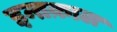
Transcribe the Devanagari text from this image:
इन्तक़ाल